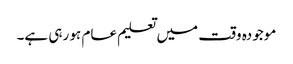
موجودہ وقت میں تعلیم عام ہو رہی ہے۔